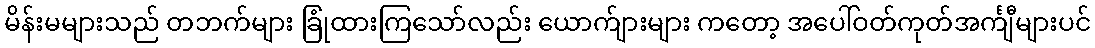
မိန်းမများသည် တဘက်များ ခြုံထားကြသော်လည်း ယောက်ျားများ ကတော့ အပေါ်ဝတ်ကုတ်အင်္ကျီများပင်